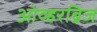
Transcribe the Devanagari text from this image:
ओव्हरब्रिज